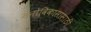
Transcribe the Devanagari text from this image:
मनोविकासासाठी